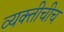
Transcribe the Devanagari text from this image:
व्यक्तीचीच